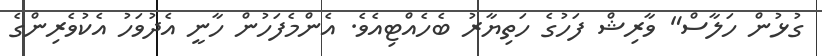
ގުޅުން ހަލާސް" ވާރިޝް ފަހުގެ ހަތިޔާރު ބެހެއްޓިއެވެ. އެންމެފަހުން ހާނީ އެދުވަހު އެކުވެރިންގެ